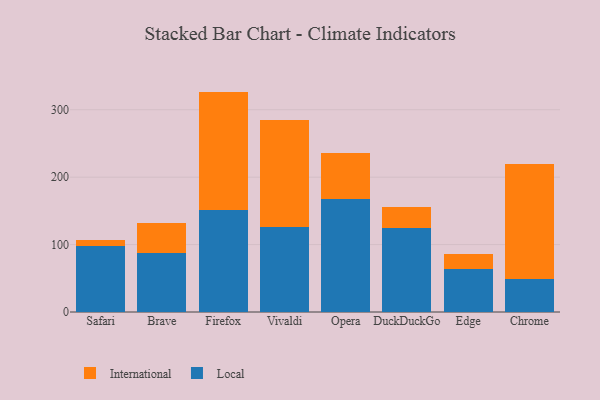
{"axis": {"x": "Browser", "y": "Churn Rate (%)"}, "legend": ["International", "Local"], "data": [{"x": "Safari", "y": 97.5, "type": "Local"}, {"x": "Safari", "y": 8.7, "type": "International"}, {"x": "Brave", "y": 87.8, "type": "Local"}, {"x": "Brave", "y": 44.9, "type": "International"}, {"x": "Firefox", "y": 151.6, "type": "Local"}, {"x": "Firefox", "y": 175.3, "type": "International"}, {"x": "Vivaldi", "y": 126.4, "type": "Local"}, {"x": "Vivaldi", "y": 158.6, "type": "International"}, {"x": "Opera", "y": 168.2, "type": "Local"}, {"x": "Opera", "y": 67.3, "type": "International"}, {"x": "DuckDuckGo", "y": 124.5, "type": "Local"}, {"x": "DuckDuckGo", "y": 31.2, "type": "International"}, {"x": "Edge", "y": 64.4, "type": "Local"}, {"x": "Edge", "y": 21.4, "type": "International"}, {"x": "Chrome", "y": 49.1, "type": "Local"}, {"x": "Chrome", "y": 170.8, "type": "International"}]}